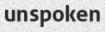
unspoken